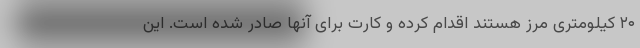
۲۰ کیلومتری مرز هستند اقدام کرده و کارت برای آنها صادر شده است. این